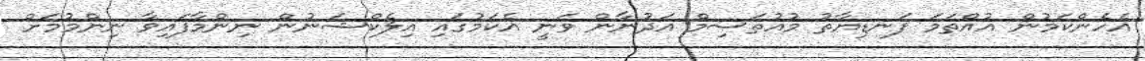
އެހެންކަމުން އުއްތަމަ ފަނޑިޔާތު މުއުތަސިމް އަދުނާން ވަނީ އެކަމުގައި އިލެކްޝަނުން ނިންމާފައިވާ ނިންމުމަށް